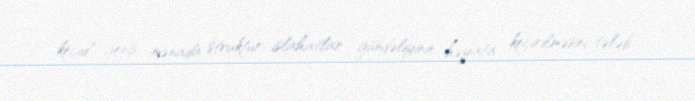
keçid geniş mənada struktur islahatlar gündəliyinin həyata keçirilməsini tələb